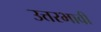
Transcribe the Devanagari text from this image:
उत्तरभावी